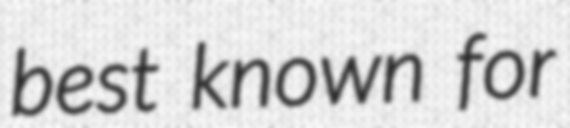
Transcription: best known for